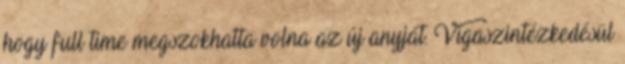
hogy full time megszokhatta volna az új anyját. Vígaszintézkedésül